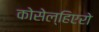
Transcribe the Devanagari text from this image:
कोसेल्हिएरो